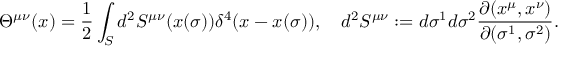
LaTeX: \Theta ^ { \mu \nu } ( x ) = { \frac { 1 } { 2 } } \int _ { S } d ^ { 2 } S ^ { \mu \nu } ( x ( \sigma ) ) \delta ^ { 4 } ( x - x ( \sigma ) ) , \quad d ^ { 2 } S ^ { \mu \nu } : = d \sigma ^ { 1 } d \sigma ^ { 2 } { \frac { \partial ( x ^ { \mu } , x ^ { \nu } ) } { \partial ( \sigma ^ { 1 } , \sigma ^ { 2 } ) } } .